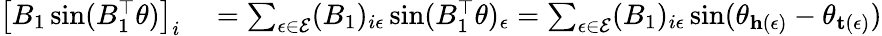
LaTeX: \begin{array}{rl}{\left[B_{1}\sin(B_{1}^{\top}\theta)\right]_{i}}&{{}=\sum_{\epsilon\in\mathcal{E}}(B_{1})_{i\epsilon}\sin(B_{1}^{\top}\theta)_{\epsilon}=\sum_{\epsilon\in\mathcal{E}}(B_{1})_{i\epsilon}\sin(\theta_{\mathbf{h}(\epsilon)}-\theta_{\mathbf{t}(\epsilon)})}\end{array}